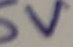
Text: 5V